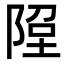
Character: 𨹸